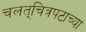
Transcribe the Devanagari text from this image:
चलत्‌चित्रपटाच्या